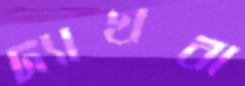
দ্যাখবা